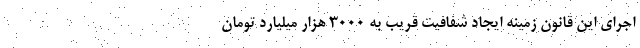
اجرای این قانون زمینه ایجاد شفافیت قریب به ۳۰۰۰ هزار میلیارد تومان